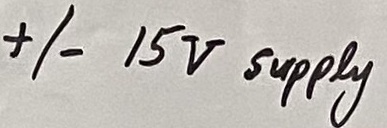
Text: +/- 15V supply